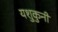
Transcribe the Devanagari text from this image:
यशुकुनी